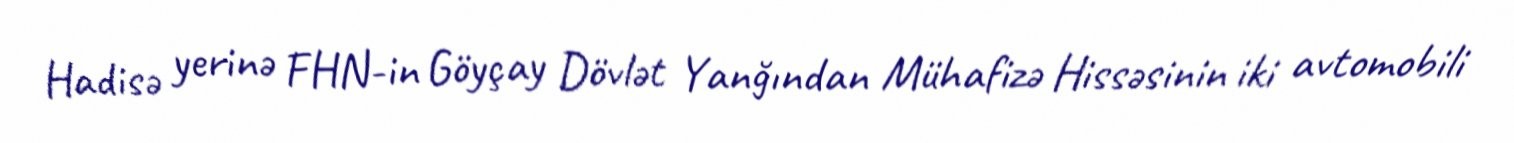
Hadisə yerinə FHN-in Göyçay Dövlət Yanğından Mühafizə Hissəsinin iki avtomobili